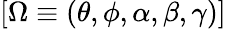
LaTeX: [\Omega\equiv(\theta,\phi,\alpha,\beta,\gamma)]